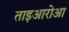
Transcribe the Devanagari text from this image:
ताइआरोआ